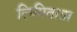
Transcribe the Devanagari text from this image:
लिमिताता